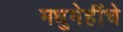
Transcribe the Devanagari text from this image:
मधुमेहींचे